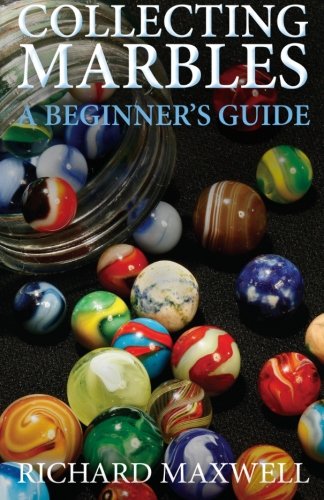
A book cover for Collecting Marbles: A Beginner's Guide: Learn how to RECOGNIZE the Classic Marbles IDENTIFY the Nine Basic Marble Features PLAY the Old Game of Ringer; Richard Maxwell; Crafts, Hobbies & Home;